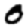
Digit: 0